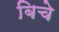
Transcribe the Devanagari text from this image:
बिचे